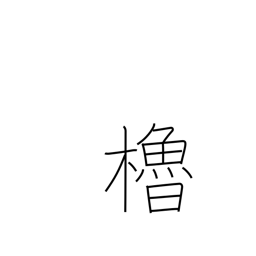
Meaning: oar